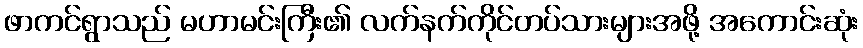
ဖာကင်ရွာသည် မဟာမင်းကြီး၏ လက်နက်ကိုင်တပ်သားများအဖို့ အကောင်းဆုံး